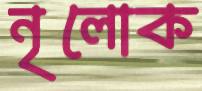
নৃলোক